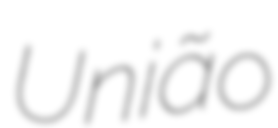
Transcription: União